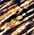
كم